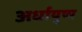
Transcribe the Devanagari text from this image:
अर्धायुष्य